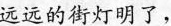
远远的街灯明了，